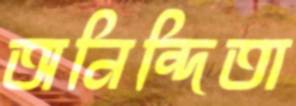
অনিন্দিতা